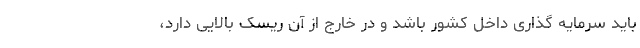
باید سرمایه گذاری داخل کشور باشد و در خارج از آن ریسک بالایی دارد،